Tezpur Lunatic Asylum reports 1895-1904 - 1895-1904
Year: 1895
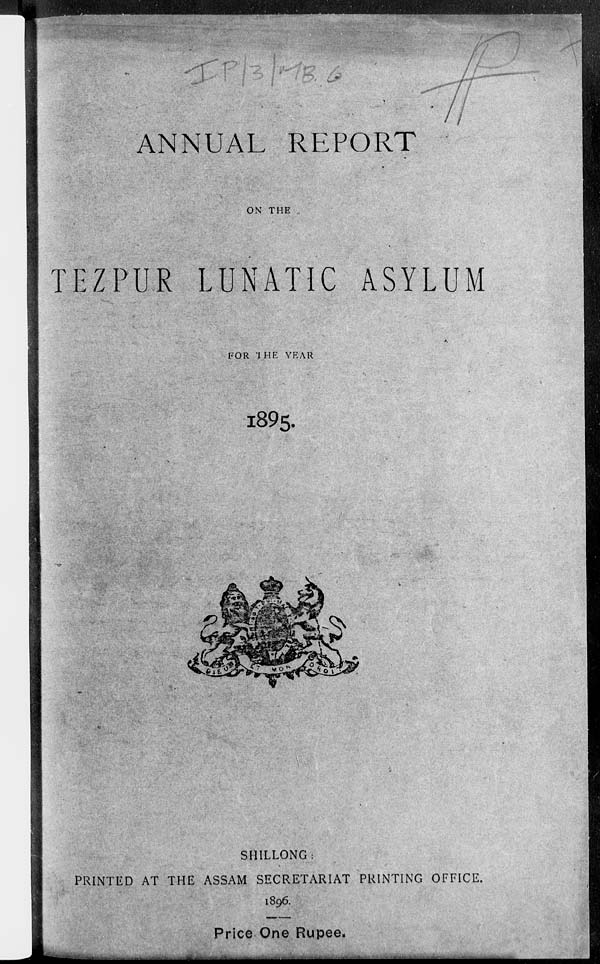
*<•"
LJ
ANNUAL REPORT
ON THE
TEZPU.R LUNATIC ASYLUM
FOR 'I HE YEAR
l895.
SHILLONG:
PRINTED AT THE ASSAM SECRETARIAT PRINTING OFFICE.
1896.
Price One Rupee.
^^^■H
____
_